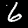
Label: 6